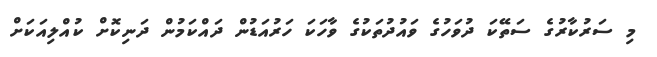
މި ސަރުކާރުގެ ސަތޭކަ ދުވަހުގެ ވައުދުތަކުގެ ވާހަކަ ހަރުއަޑުން ދައްކަމުން ދަނިކޮށް ކުއްލިއަކަށް